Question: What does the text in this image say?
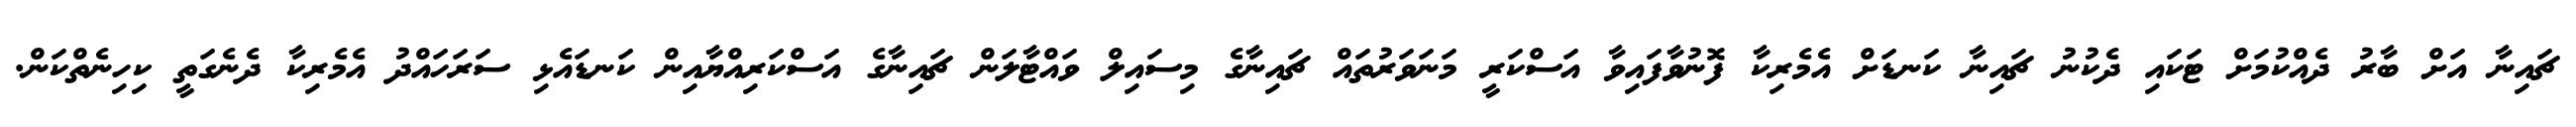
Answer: ޗައިނާ އަށް ބާރު ދެއްކުމަށް ޓަކައި ދެކުނު ޗައިނާ ކަނޑަށް އެމެރިކާ ފޮނުވާފައިވާ އަސްކަރީ މަނަވަރުތައް ޗައިނާގެ މިސައިލް ވައްޓާލަން ޗައިނާގެ އަސްކަރިއްޔާއިން ކަނޑައެޅި ސަރަހައްދު އެމެރިކާ ދެނެގަތީ ކިހިނެތްކަން.